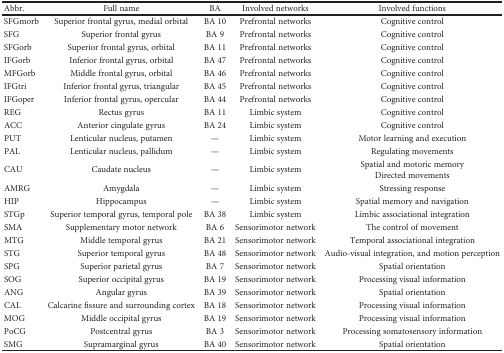
<table><thead><tr><td><b>Abbr.</b></td><td><b>Full name</b></td><td><b>BA</b></td><td><b>Involved networks</b></td><td><b>Involved functions</b></td></tr></thead><tbody><tr><td>SFGmorb</td><td>Superior frontal gyrus, medial orbital</td><td>BA 10</td><td>Prefrontal networks</td><td>Cognitive control</td></tr><tr><td>SFG</td><td>Superior frontal gyrus</td><td>BA 9</td><td>Prefrontal networks</td><td>Cognitive control</td></tr><tr><td>SFGorb</td><td>Superior frontal gyrus, orbital</td><td>BA 11</td><td>Prefrontal networks</td><td>Cognitive control</td></tr><tr><td>IFGorb</td><td>Inferior frontal gyrus, orbital</td><td>BA 47</td><td>Prefrontal networks</td><td>Cognitive control</td></tr><tr><td>MFGorb</td><td>Middle frontal gyrus, orbital</td><td>BA 46</td><td>Prefrontal networks</td><td>Cognitive control</td></tr><tr><td>IFGtri</td><td>Inferior frontal gyrus, triangular</td><td>BA 45</td><td>Prefrontal networks</td><td>Cognitive control</td></tr><tr><td>IFGoper</td><td>Inferior frontal gyrus, opercular</td><td>BA 44</td><td>Prefrontal networks</td><td>Cognitive control</td></tr><tr><td>REG</td><td>Rectus gyrus</td><td>BA 11</td><td>Limbic system</td><td>Cognitive control</td></tr><tr><td>ACC</td><td>Anterior cingulate gyrus</td><td>BA 24</td><td>Limbic system</td><td>Cognitive control</td></tr><tr><td>PUT</td><td>Lenticular nucleus, putamen</td><td>—</td><td>Limbic system</td><td>Motor learning and execution</td></tr><tr><td>PAL</td><td>Lenticular nucleus, pallidum</td><td>—</td><td>Limbic system</td><td>Regulating movements</td></tr><tr><td>CAU</td><td>Caudate nucleus</td><td>—</td><td>Limbic system</td><td>Spatial and motoric memoryDirected movements</td></tr><tr><td>AMRG</td><td>Amygdala</td><td>—</td><td>Limbic system</td><td>Stressing response</td></tr><tr><td>HIP</td><td>Hippocampus</td><td>—</td><td>Limbic system</td><td>Spatial memory and navigation</td></tr><tr><td>STGp</td><td>Superior temporal gyrus, temporal pole</td><td>BA 38</td><td>Limbic system</td><td>Limbic associational integration</td></tr><tr><td>SMA</td><td>Supplementary motor network</td><td>BA 6</td><td>Sensorimotor network</td><td>The control of movement</td></tr><tr><td>MTG</td><td>Middle temporal gyrus</td><td>BA 21</td><td>Sensorimotor network</td><td>Temporal associational integration</td></tr><tr><td>STG</td><td>Superior temporal gyrus</td><td>BA 48</td><td>Sensorimotor network</td><td>Audio-visual integration, and motion perception</td></tr><tr><td>SPG</td><td>Superior parietal gyrus</td><td>BA 7</td><td>Sensorimotor network</td><td>Spatial orientation</td></tr><tr><td>SOG</td><td>Superior occipital gyrus</td><td>BA 19</td><td>Sensorimotor network</td><td>Processing visual information</td></tr><tr><td>ANG</td><td>Angular gyrus</td><td>BA 39</td><td>Sensorimotor network</td><td>Spatial orientation</td></tr><tr><td>CAL</td><td>Calcarine fissure and surrounding cortex</td><td>BA 18</td><td>Sensorimotor network</td><td>Processing visual information</td></tr><tr><td>MOG</td><td>Middle occipital gyrus</td><td>BA 19</td><td>Sensorimotor network</td><td>Processing visual information</td></tr><tr><td>PoCG</td><td>Postcentral gyrus</td><td>BA 3</td><td>Sensorimotor network</td><td>Processing somatosensory information</td></tr><tr><td>SMG</td><td>Supramarginal gyrus</td><td>BA 40</td><td>Sensorimotor network</td><td>Spatial orientation</td></tr></tbody></table>